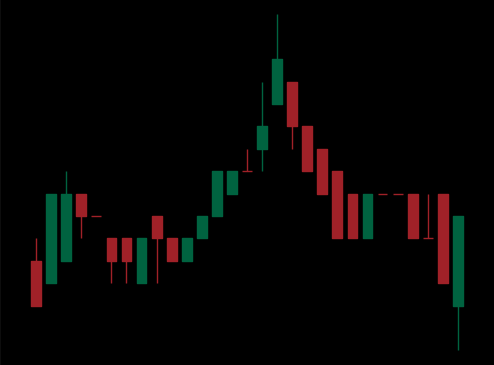
Pattern: head_shoulders